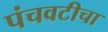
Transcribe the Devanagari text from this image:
पंचवटीचा